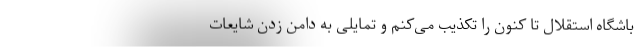
باشگاه استقلال تا کنون را تکذیب می‌کنم و تمایلی به دامن زدن شایعات